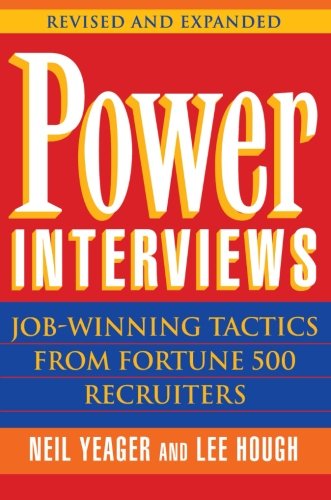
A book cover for Power Interviews: Job-Winning Tactics from Fortune 500 Recruiters; Neil M. Yeager; Business & Money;